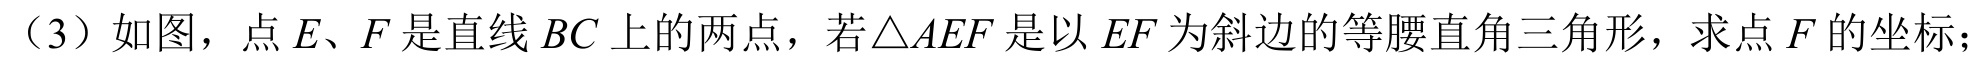
（3）如图，点\(E、F\)是直线\(BC\)上的两点，若\(\triangle AEF\)是以\(EF\)为斜边的等腰直角三角形，求点\(F\)的坐标；